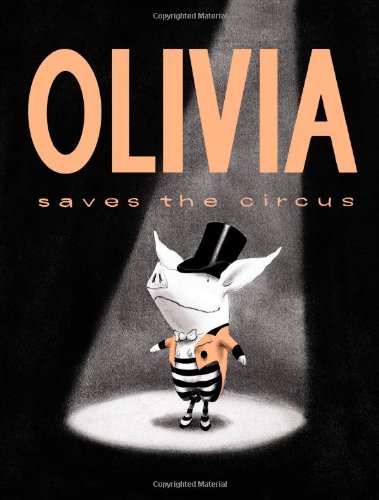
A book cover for Olivia Saves the Circus (Classic Board Books); Ian Falconer; Children's Books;